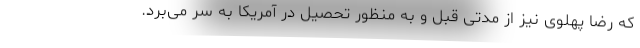
که رضا پهلوی نیز از مدتی قبل و به منظور تحصیل در آمریکا به سر می‌برد.